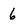
Character: 6